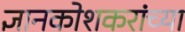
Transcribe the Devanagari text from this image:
ज्ञानकोशकरांच्या